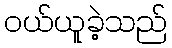
ဝယ်ယူခဲ့သည်